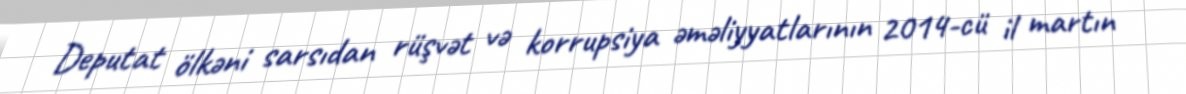
Deputat ölkəni sarsıdan rüşvət və korrupsiya əməliyyatlarının 2014-cü il martın